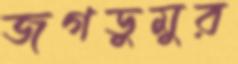
জগডুমুর